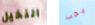
النخيل يجب